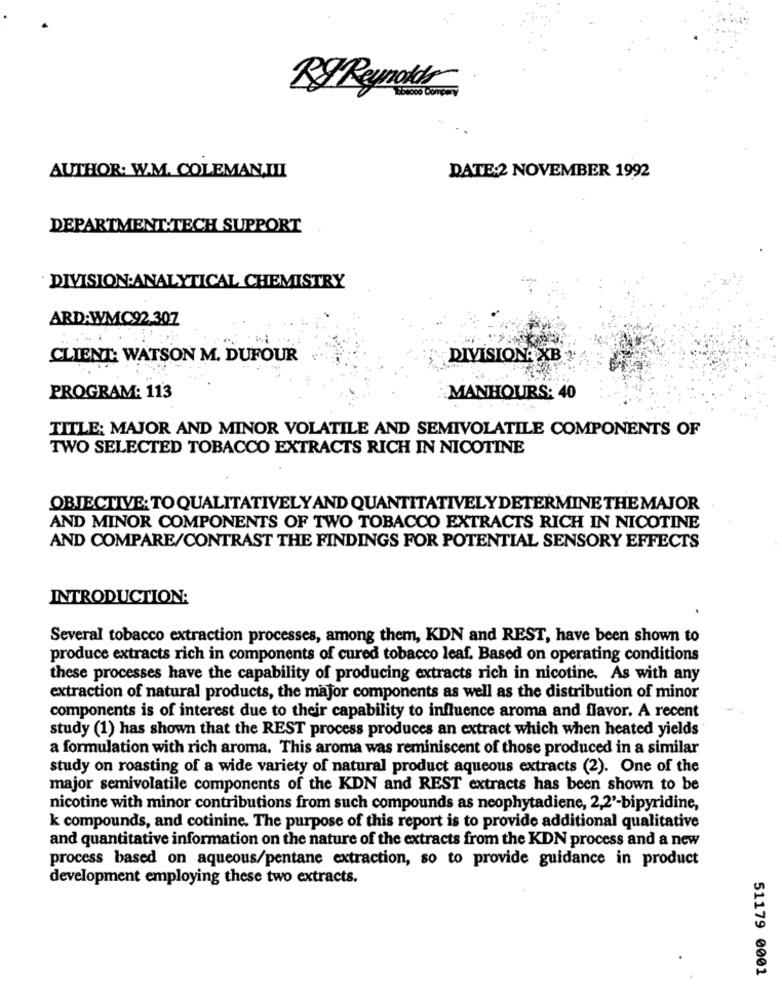
By Reynolds
AUTHOR: W.M. COLEMAN.III
DATE:2 NOVEMBER 1992
DEPARTMENT:TECH SUPPORT
DIVISION:ANALYTICAL CHEMISTRY
ARD:WMC92.307
CLIENT: WATSON M. DUFOUR
DIVISIONA XB 2
PROGRAM: 113
MANHOURS: 40
TITLE: MAJOR AND MINOR VOLATILE AND SEMIVOLATILE COMPONENTS OF
TWO SELECTED TOBACCO EXTRACTS RICH IN NICOTINE
OBJECTIVE: TO QUALITATIVELYAND QUANTITATIVELYDETERMINE THE MAJOR
AND MINOR COMPONENTS OF TWO TOBACCO EXTRACTS RICH IN NICOTINE
AND COMPARE/CONTRAST THE FINDINGS FOR POTENTIAL SENSORY EFFECTS
INTRODUCTION:
Several tobacco extraction processes, among them, KDN and REST, have been shown to
produce extracts rich in components of cured tobacco leaf. Based on operating conditions
these processes have the capability of producing extracts rich in nicotine. As with any
extraction of natural products, the major components as well as the distribution of minor
components is of interest due to their capability to influence aroma and flavor. A recent
study (1) has shown that the REST process produces an extract which when heated yields
a formulation with rich aroma. This aroma was reminiscent of those produced in a similar
study on roasting of a wide variety of natural product aqueous extracts (2). One of the
major semivolatile components of the KDN and REST extracts has been shown to be
nicotine with minor contributions from such compounds as neophytadiene, 2,2'-bipyridine,
k compounds, and cotinine. The purpose of this report is to provide additional qualitative
and quantitative information on the nature of the extracts from the KDN process and a new
process based on aqueous/pentane extraction, so to provide guidance in product
development employing these two extracts.
51179 0001